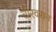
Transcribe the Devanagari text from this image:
चीरवसन